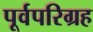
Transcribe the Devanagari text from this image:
पूर्वपरिग्रह